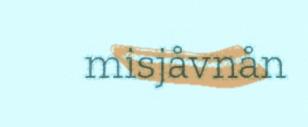
misjåvnån